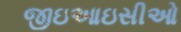
જીઇઆઇસીઓ